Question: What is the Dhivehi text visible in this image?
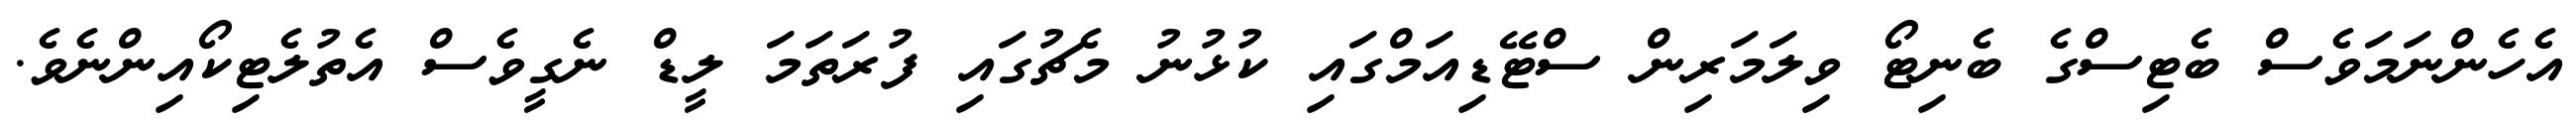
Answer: އެހެންނަމަވެސް ބެޓިސްގެ ބެނިޓޯ ވިލަމަރިން ސްޓޭޑިއަމްގައި ކުޅުނު މެޗުގައި ފުރަތަމަ ލީޑް ނެގީވެސް އެތުލެޓިކޯއިންނެވެ.